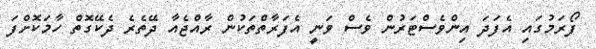
ފޯރަމުގައި އެފަދަ އިންވެސްޓަރުން ވެސް ވަނީ އެފަރާތްތަކުން ރާއްޖެއާ ދޭތެރެ ދެކޭގޮތް ހާމަކޮށްފަ